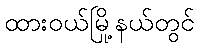
ထားဝယ်မြို့နယ်တွင်